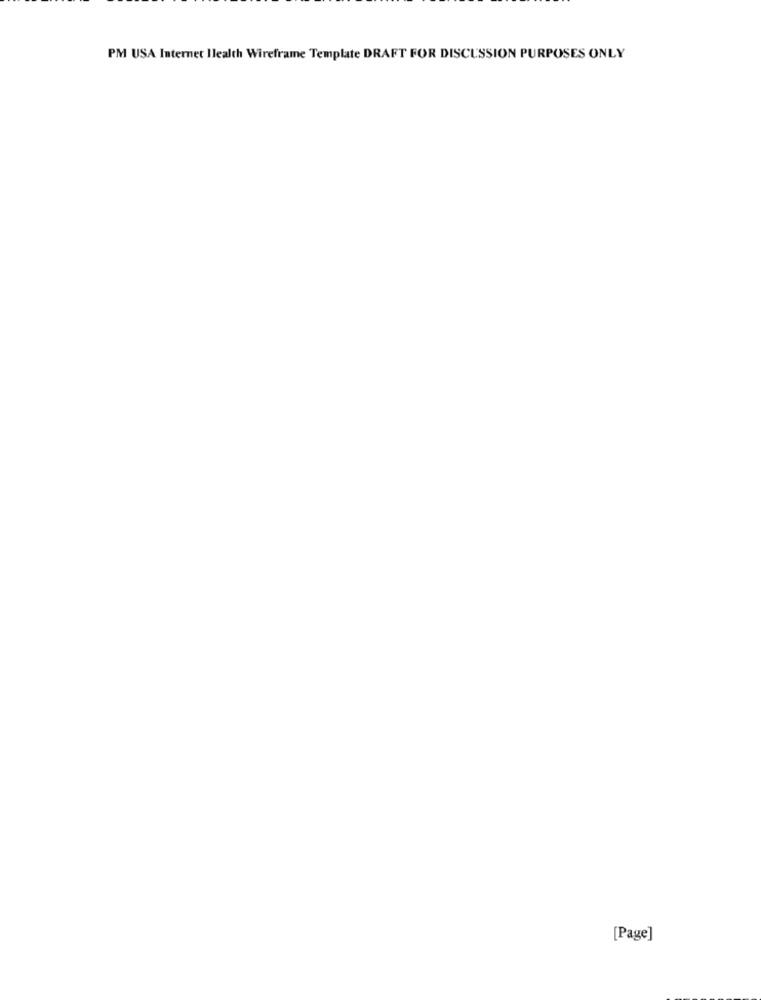
PM USA Internet Ilealth Wireframe Template DRAFT FOR DISCUSSION PURPOSES ONLY
[Page]